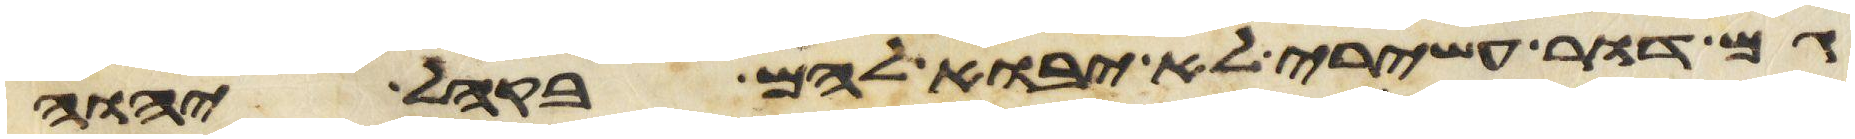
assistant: גם דור עשירי לא יבוא להם בקהל יהוה